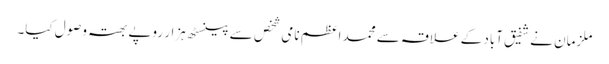
ملزمان نے شفیق آباد کے علاقہ سے محمد اعظم نامی شخص سے پینسٹھ ہزار روپے بھتہ وصول کیا۔